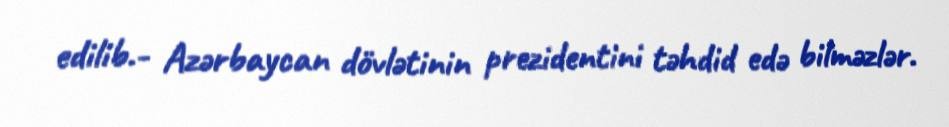
edilib.- Azərbaycan dövlətinin prezidentini təhdid edə bilməzlər.